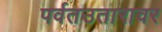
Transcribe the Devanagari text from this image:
पर्वतउतारावर